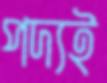
পদ্যই